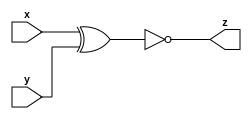
module eq4b(
    input x,
    input y,
    output z
);

assign z=~(x^y);

// x y z
// 0 0 1
// 1 0 0
// 0 1 0
// 1 1 1

//    1 nxor
//   1 xor
endmodule